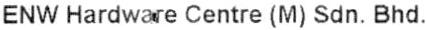
ENW HARDWARE CENTRE (M) SDN. BHD.